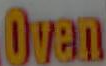
Oven